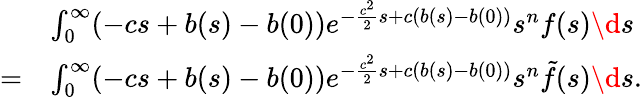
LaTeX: \begin{array}{rl}&{\int_{0}^{\infty}(-cs+b(s)-b(0))e^{-\frac{c^{2}}{2}s+c(b(s)-b(0))}s^{n}f(s)\d s}\\ {=}&{\int_{0}^{\infty}(-cs+b(s)-b(0))e^{-\frac{c^{2}}{2}s+c(b(s)-b(0))}s^{n}\tilde{f}(s)\d s.}\end{array}